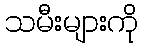
သမီးများကို